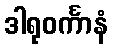
ဒါရုဝင်္ကာနံ